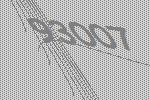
93007